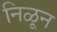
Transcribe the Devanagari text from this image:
निळून